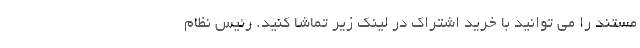
مستند را می توانید با خرید اشتراک در لینک زیر تماشا کنید. رئیس نظام